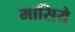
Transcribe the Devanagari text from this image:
मासिये